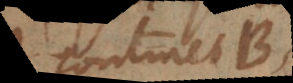
continet B.